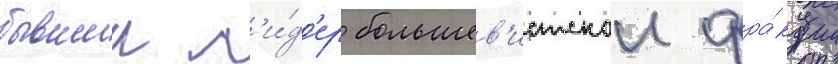
бывшии л'и́д'ер большев'истскои фра́кции